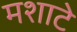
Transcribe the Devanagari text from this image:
मशाटे